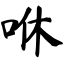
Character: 咻